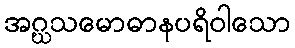
အဂ္ဃသမောဓာနပရိဝါသော